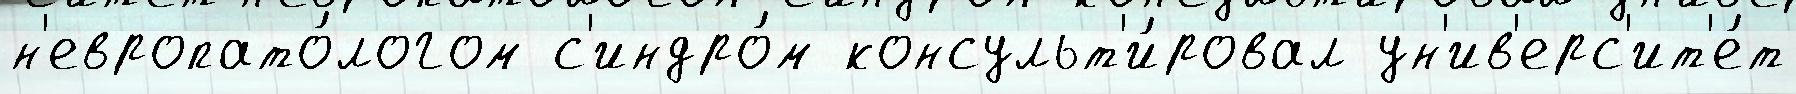
н'европато́логом с'индро́м консульт'и́ровал ун'ив'ерс'ит'е́т